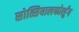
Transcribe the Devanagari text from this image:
सोत्सियालफोर्शुंग